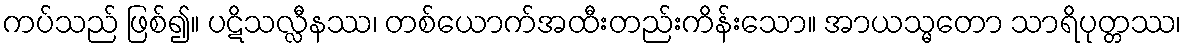
ကပ်သည် ဖြစ်၍။ ပဋိသလ္လီနဿ၊ တစ်ယောက်အထီးတည်းကိန်းသော။ အာယသ္မတော သာရိပုတ္တဿ၊